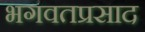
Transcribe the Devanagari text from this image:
भगवतप्रसाद